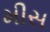
મીસ